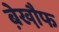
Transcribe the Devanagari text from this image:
बे़खौ़फ